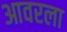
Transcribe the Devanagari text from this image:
आवरला